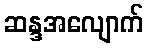
ဆန္ဒအလျောက်